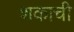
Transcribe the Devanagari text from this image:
शकाची